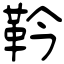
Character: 靲